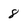
Character: 8